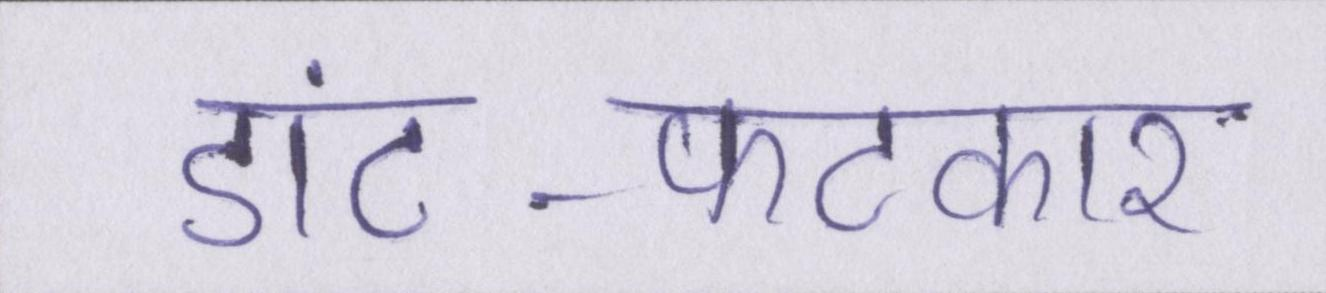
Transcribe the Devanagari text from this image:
डांट-फटकार